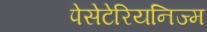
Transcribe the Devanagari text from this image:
पेसेटेरियनिज्म